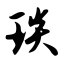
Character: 琰